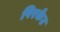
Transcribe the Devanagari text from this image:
पिरकेट